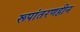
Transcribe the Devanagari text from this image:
रूपांतरणहीन